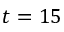
t = 1 5